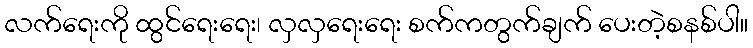
လက်ရေးကို ထွင်ရေးရေး၊ လှလှရေးရေး စက်ကတွက်ချက် ပေးတဲ့စနစ်ပါ။